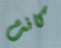
كانت